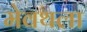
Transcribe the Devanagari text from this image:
मेवथला